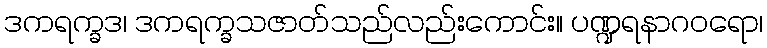
ဒကရက္ခဒ၊ ဒကရက္ခသဇာတ်သည်လည်းကောင်း။ ပဏ္ဍရနာဂဝရော၊